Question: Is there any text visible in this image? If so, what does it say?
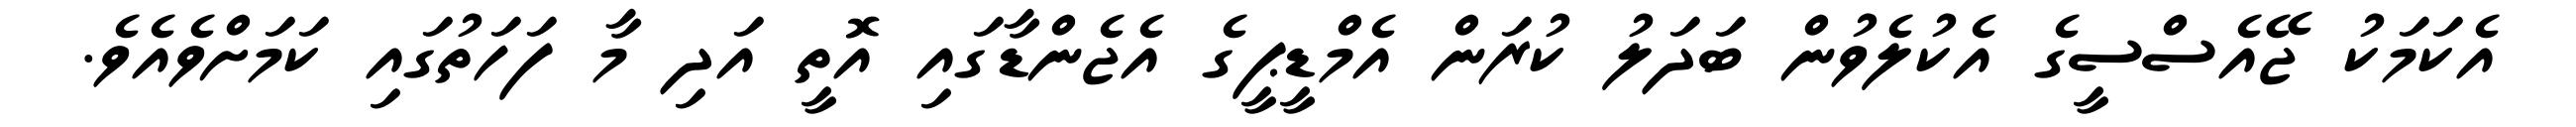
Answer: އެކަމަކު ޖޭއެސްސީގެ އެކުލެވުން ބަދަލު ކުރަން އެމްޑީޕީގެ އެޖެންޑާގައި އޮތީ އަދި މާ ފަހަތުގައި ކަމަށްވެއެވެ.